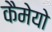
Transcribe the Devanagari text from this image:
कैमेयो